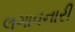
લગાવનારી